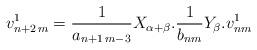
LaTeX: \begin{align*} v_{n+2\,m}^1=\frac1{a_{n+1\,m-3}}X_{\alpha+\beta}. \frac1{b_{nm}}Y_\beta.v_{nm}^1\end{align*}